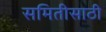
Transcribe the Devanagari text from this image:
समितीसाठी